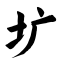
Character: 圹